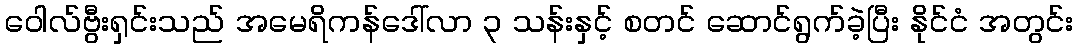
ဝေါလ်ဗွီးရှင်းသည် အမေရိကန်ဒေါ်လာ ၃ သန်းနှင့် စတင် ဆောင်ရွက်ခဲ့ပြီး နိုင်ငံ အတွင်း